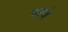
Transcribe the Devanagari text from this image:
परणे